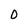
Character: 0